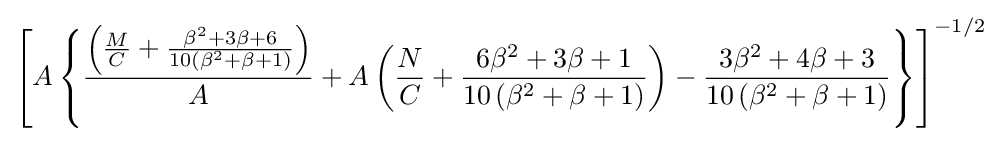
\left[A\left\{{\frac {\left({\frac {M}{C}}+{\frac {\beta ^{2}+3\beta +6}{10\left(\beta ^{2}+\beta +1\right)}}\right)}{A}}+A\left({\frac {N}{C}}+{\frac {6\beta ^{2}+3\beta +1}{10\left(\beta ^{2}+\beta +1\right)}}\right)-{\frac {3\beta ^{2}+4\beta +3}{10\left(\beta ^{2}+\beta +1\right)}}\right\}\right]^{-1/2}